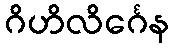
ဂိဟိလိင်္ဂေန